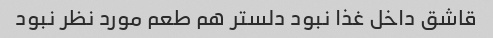
قاشق داخل غذا نبود دلستر هم طعم مورد نظر نبود